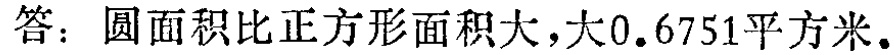
答：圆面积比正方形面积大，大\(0.6751\)平方米。